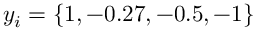
y _ { i } = \{ 1 , - 0 . 2 7 , - 0 . 5 , - 1 \}